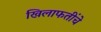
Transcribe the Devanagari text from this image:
खिलाफतींचे